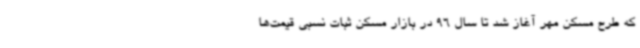
که طرح مسکن مهر آغاز شد تا سال 96 در بازار مسکن ثبات نسبی قیمت‌ها